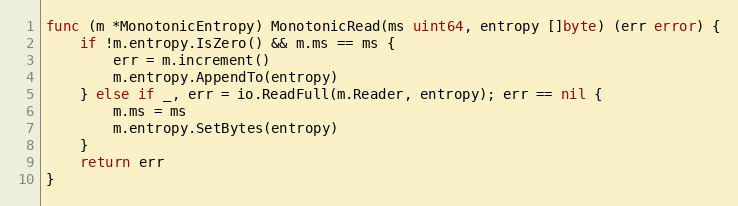
Language: Go
func (m *MonotonicEntropy) MonotonicRead(ms uint64, entropy []byte) (err error) {
	if !m.entropy.IsZero() && m.ms == ms {
		err = m.increment()
		m.entropy.AppendTo(entropy)
	} else if _, err = io.ReadFull(m.Reader, entropy); err == nil {
		m.ms = ms
		m.entropy.SetBytes(entropy)
	}
	return err
}